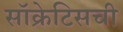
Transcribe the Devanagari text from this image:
सॉक्रेटिसची